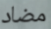
مضاد